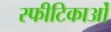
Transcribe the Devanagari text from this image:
स्फीटिकाओं